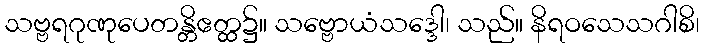
သဗ္ဗရဂုဏုပေတန္တိဧတ္ထ၌။ သဗ္ဗောယံသဒ္ဒေါ၊ သည်။ နိရဝသေသဂါစိ၊